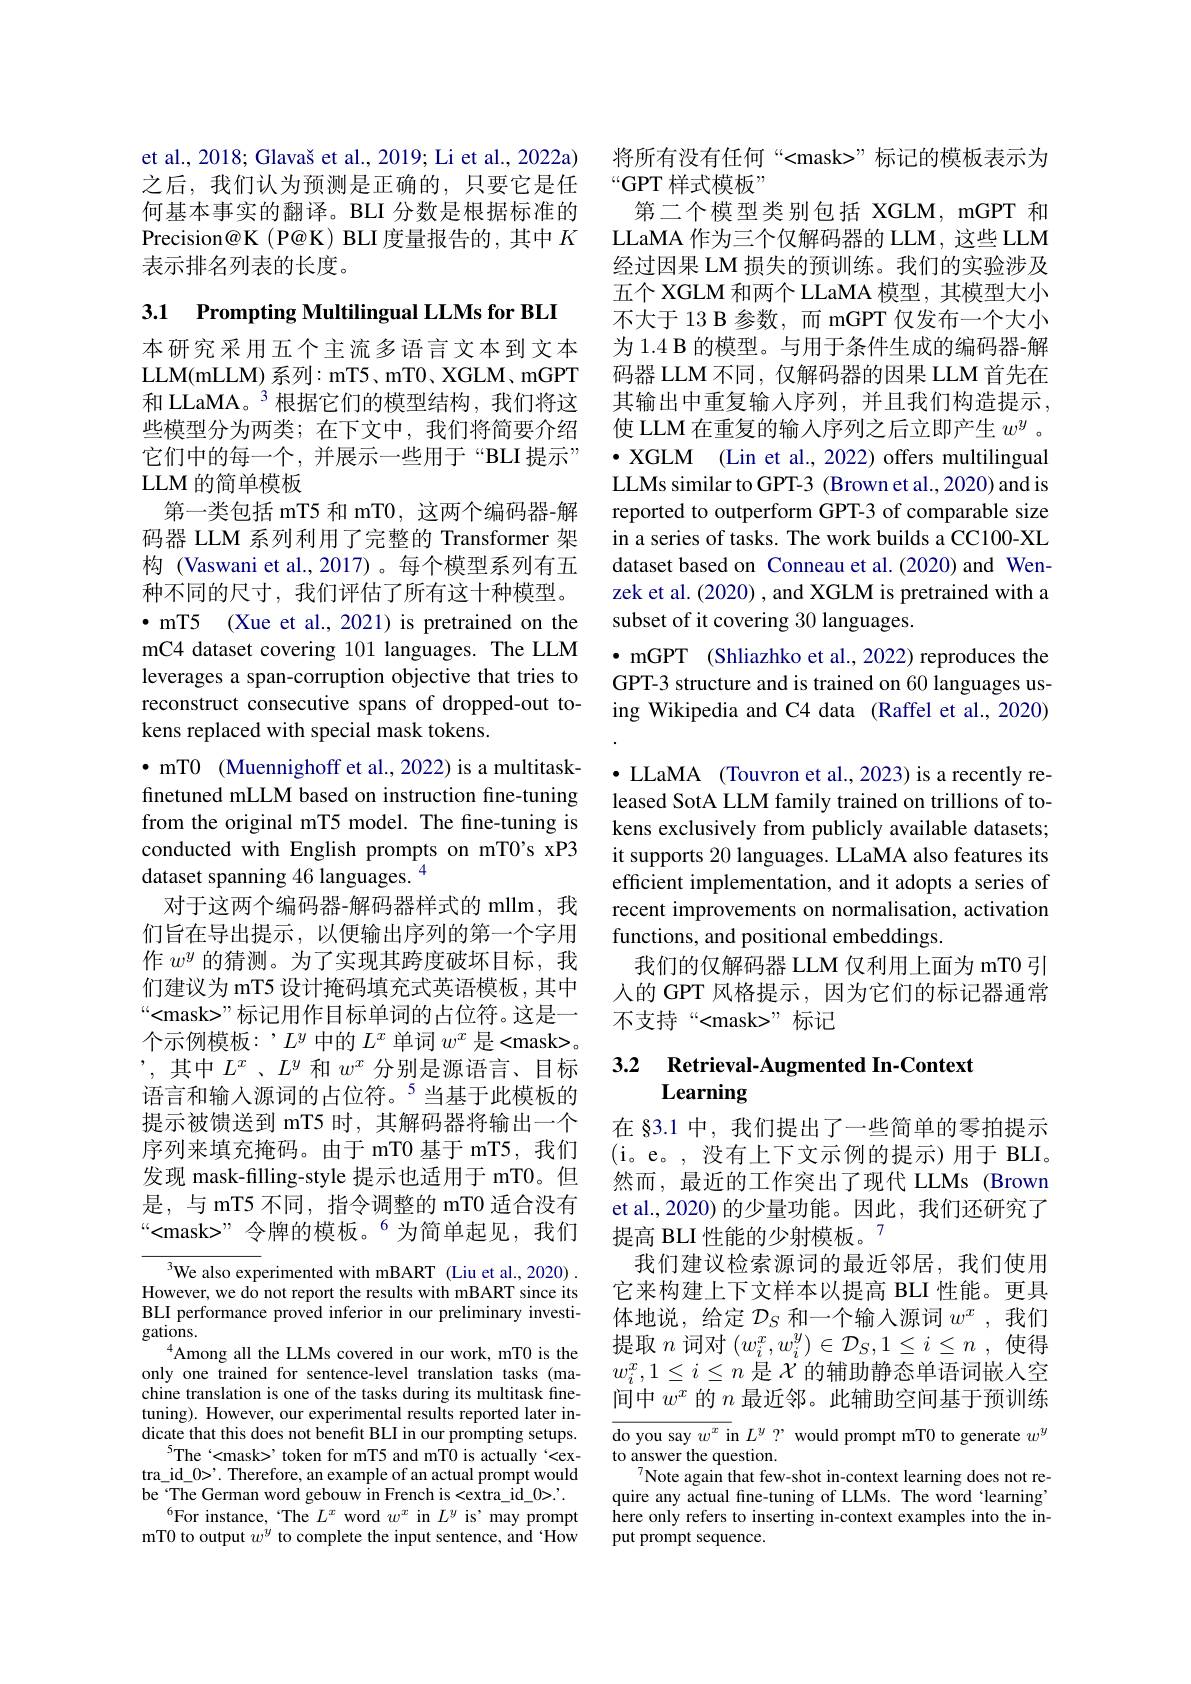
et al., 2018; Glavaš et al., 2019; Li et al., 2022a) 之后，我们认为预测是正确的，只要它是任何基本事实的翻译。BLI 分数是根据标准的Precision@K (P@K) BLI 度量报告的，其中$K$ 表示排名列表的长度。

3.1 Prompting Multilingual LLMs for BLI

LLM 的简单模板

本研究采用五个主流多语言文本到文本LLM( mLLM) 系 列 : mT5, mT0, XGLM, mGPT 和 LLaMA。3 根据它们的模型结构，我们将这些模型分为两类；在下文中，我们将简要介绍它们中的每一个，并展示一些用于“BLI 提示”
第一类包括 mT5 和 mT0, 这两个编码器-解码器 LLM 系列利用了完整的 Transformer 架构 (Vaswani et al.,2017)。每个模型系列有五种不同的尺寸，我们评估了所有这十种模型。$\bullet$ mT5 (Xue et al., 2021) is pretrained on the mC4 dataset covering 101 languages. The LLM leverages a span-corruption objective that tries to reconstruct consecutive spans of dropped-out tokens replaced with special mask tokens.
$\bullet$ mTO (Muennighoff et al., 2022) is a multitaskfinetuned mLLM based on instruction fine-tuning from the original mT5 model. The fine-tuning is conducted with English prompts on mT0's xP3 dataset spanning 46 languages. $^{4}$
对于这两个编码器-解码器样式的 mllm,我们旨在导出提示，以便输出序列的第一个字用作$w^y$的猜测。为了实现其跨度破坏目标，我们建议为 mT5 设计掩码填充式英语模板，其中“<mask>”标记用作目标单词的占位符。这是一个示例模板：’$L^y$中的$L^x$单词$w^x$是<mask>。$’$,其中$L^x$、$L^y$和$w^x$分别是源语言、目标语言和输入源词的占位符。$^{5}$当基于此模板的提示被馈送到 mT5 时，其解码器将输出一个序列来填充掩码。由于 mT0 基于 mT5, 我们发现 mask-filling-style 提示也适用于 mT0。但是，与 mT5 不同，指令调整的 mT0 适合没有“<mask>”令牌的模板。$^{6}$为简单起见，我们
$^{3}$We also experimented with mBART (Liu et al., 2020) .

However, we do not report the results with mBART since its BLI performance proved inferior in our preliminary investi- $gations.$
$^{4}$Among all the LLMs covered in our work, mT0 is the only one trained for sentence-level translation tasks (machine translation is one of the tasks during its multitask finetuning). However, our experimental results reported later indicate that this does not benefit BLI in our prompting setups.
$^{5}$The‘<mask>'token for mT5 and mT0 is actually‘<extra\_id\_0>'. Therefore, an example of an actual prompt would be The German word gebouw in French is <extra\_id\_0>.
$^{6}$For instance,“The $L^x$ word $w^x$ in $L^y$ is'may prompt mT0 to output $w^y$ to complete the input sentence, and 'How

将所有没有任何“<mask>”标记的模板表示为
“GPT 样式模板”
第二个模型类别包括 XGLM, mGPT 和LLaMA 作为三个仅解码器的 LLM, 这些 LLM 经过因果 LM 损失的预训练。我们的实验涉及五个 XGLM 和两个 LLaMA 模型，其模型大小不大于 13 B 参数，而 mGPT 仅发布一个大小为 1.4 B 的模型。与用于条件生成的编码器-解码器 LLM 不同，仅解码器的因果 LLM 首先在其输出中重复输入序列，并且我们构造提示， 使 LLM 在重复的输入序列之后立即产生$w^y$ 。$\bullet$ XGLM (Lin et al., 2022) offers multilingual LLMs similar to GPT-3 (Brown et al., 2020) and is reported to outperform GPT-3 of comparable size in a series of tasks. The work builds a CC100-XL dataset based on Conneau et al.(2020) and Wenzek et al. (2020) , and XGLM is pretrained with a subset of it covering 30 languages.
· mGPT (Shliazhko et al., 2022) reproduces the GPT-3 structure and is trained on 60 languages using Wikipedia and C4 data (Raffel et al., 2020) $\bullet$ LLaMA (Touvron et al., 2023) is a recently released SotA LLM family trained on trillions of tokens exclusively from publicly available datasets; it supports 20 languages. LLaMA also features its efficient implementation, and it adopts a series of recent improvements on normalisation, activation functions, and positional embeddings.
我们的仅解码器 LLM 仅利用上面为 mT0 引人的 GPT 风格提示，因为它们的标记器通常不支持“<mask>”标记

# 3.2 Retrieval-Augmented In-Context Learning

在 §3.1 中，我们提出了一些简单的零拍提示(i。e。,没有上下文示例的提示)用于 BLI。然而，最近的工作突出了现代 LLMs (Brown et al., 2020) 的少量功能。因此，我们还研究了提高 BLI 性能的少射模板。$^{7}$
我们建议检索源词的最近邻居，我们使用它来构建上下文样本以提高 BLI 性能。更具体地说，给定$\mathcal{D}_S$和一个输入源词$w^x$,我们提取$n$词对$(w_i^x,w_i^y)\in\mathcal{D}_S,1\leq i\leq n$ ,使得$w_i^x,1\leq i\leq n$ 是$\mathcal{X}$的辅助静态单语词嵌人空间中$w^x$的$n$最近邻。此辅助空间基于预训练

do you say $w^x$ in $L^y$ ? would prompt mT0 to generate $w^y$
to answer the question.
$^{7}$Note again that few-shot in-context learning does not require any actual fine-tuning of LLMs. The word 'learning here only refers to inserting in-context examples into the input prompt sequence.